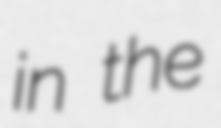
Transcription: in the